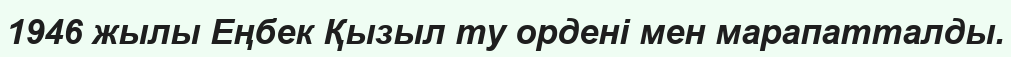
1946 жылы Еңбек Қызыл ту ордені мен марапатталды.